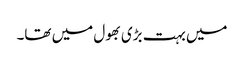
میں بہت بڑی بھول میں تھا۔